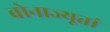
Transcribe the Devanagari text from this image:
वोनाज्यूतां